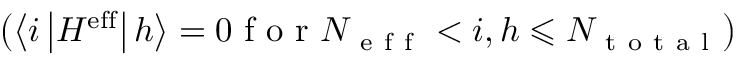
\left( \left\langle i \left| H ^ { \mathrm { e f f } } \right| h \right\rangle = 0 \mathrm { ~ f ~ o ~ r ~ } N _ { \mathrm { ~ e ~ f ~ f ~ } } < i , h \leqslant N _ { \mathrm { ~ t ~ o ~ t ~ a ~ l ~ } } \right)